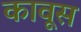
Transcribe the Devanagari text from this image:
कावूस